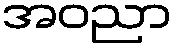
အဝညာ